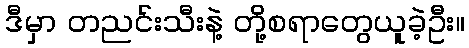
ဒီမှာ တညင်းသီးနဲ့ တို့စရာတွေယူခဲ့ဦး။